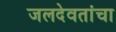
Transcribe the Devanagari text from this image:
जलदेवतांचा